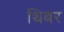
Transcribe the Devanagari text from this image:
थिबर